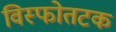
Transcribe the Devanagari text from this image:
विस्फोतटक